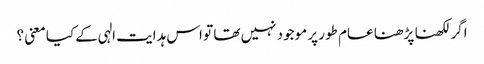
اگر لکھنا پڑھنا عام طور پر موجود نہیں تھا تو اس ہدایت الہی کے کیا معنی ؟